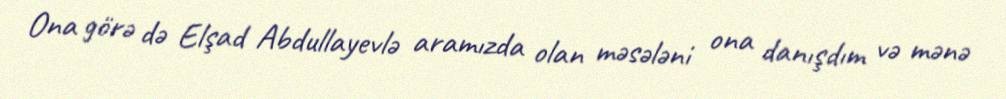
Ona görə də Elşad Abdullayevlə aramızda olan məsələni ona danışdım və mənə